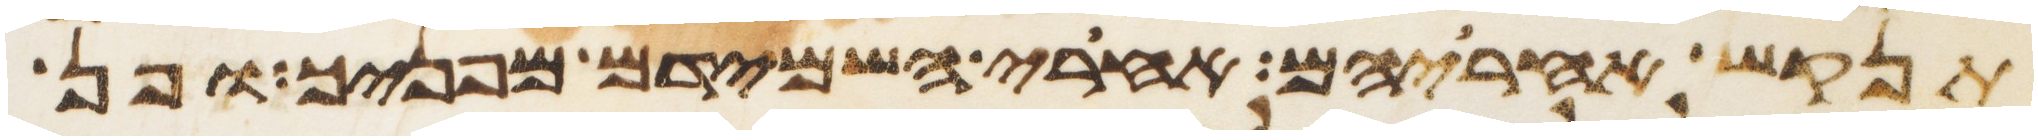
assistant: תנקש אחריהם אחרי השמידם מפניך ופן